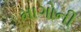
માગોની